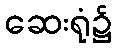
ဆေးရုံ၌